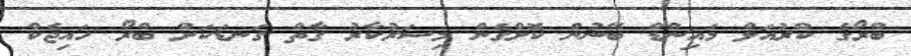
ބްރޯގެ ކްރުއަލް މައިންޑް ބޭނުން ކޮށްގެން މިސަރުކާރު ގާތް ގަނޑަކަށް ބްރޯ ހައިޖެކް